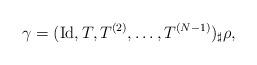
LaTeX: \begin{align*}\gamma = (\operatorname{Id},T,T^{(2)},\dots,T^{(N-1)})_{\sharp}\rho,\end{align*}